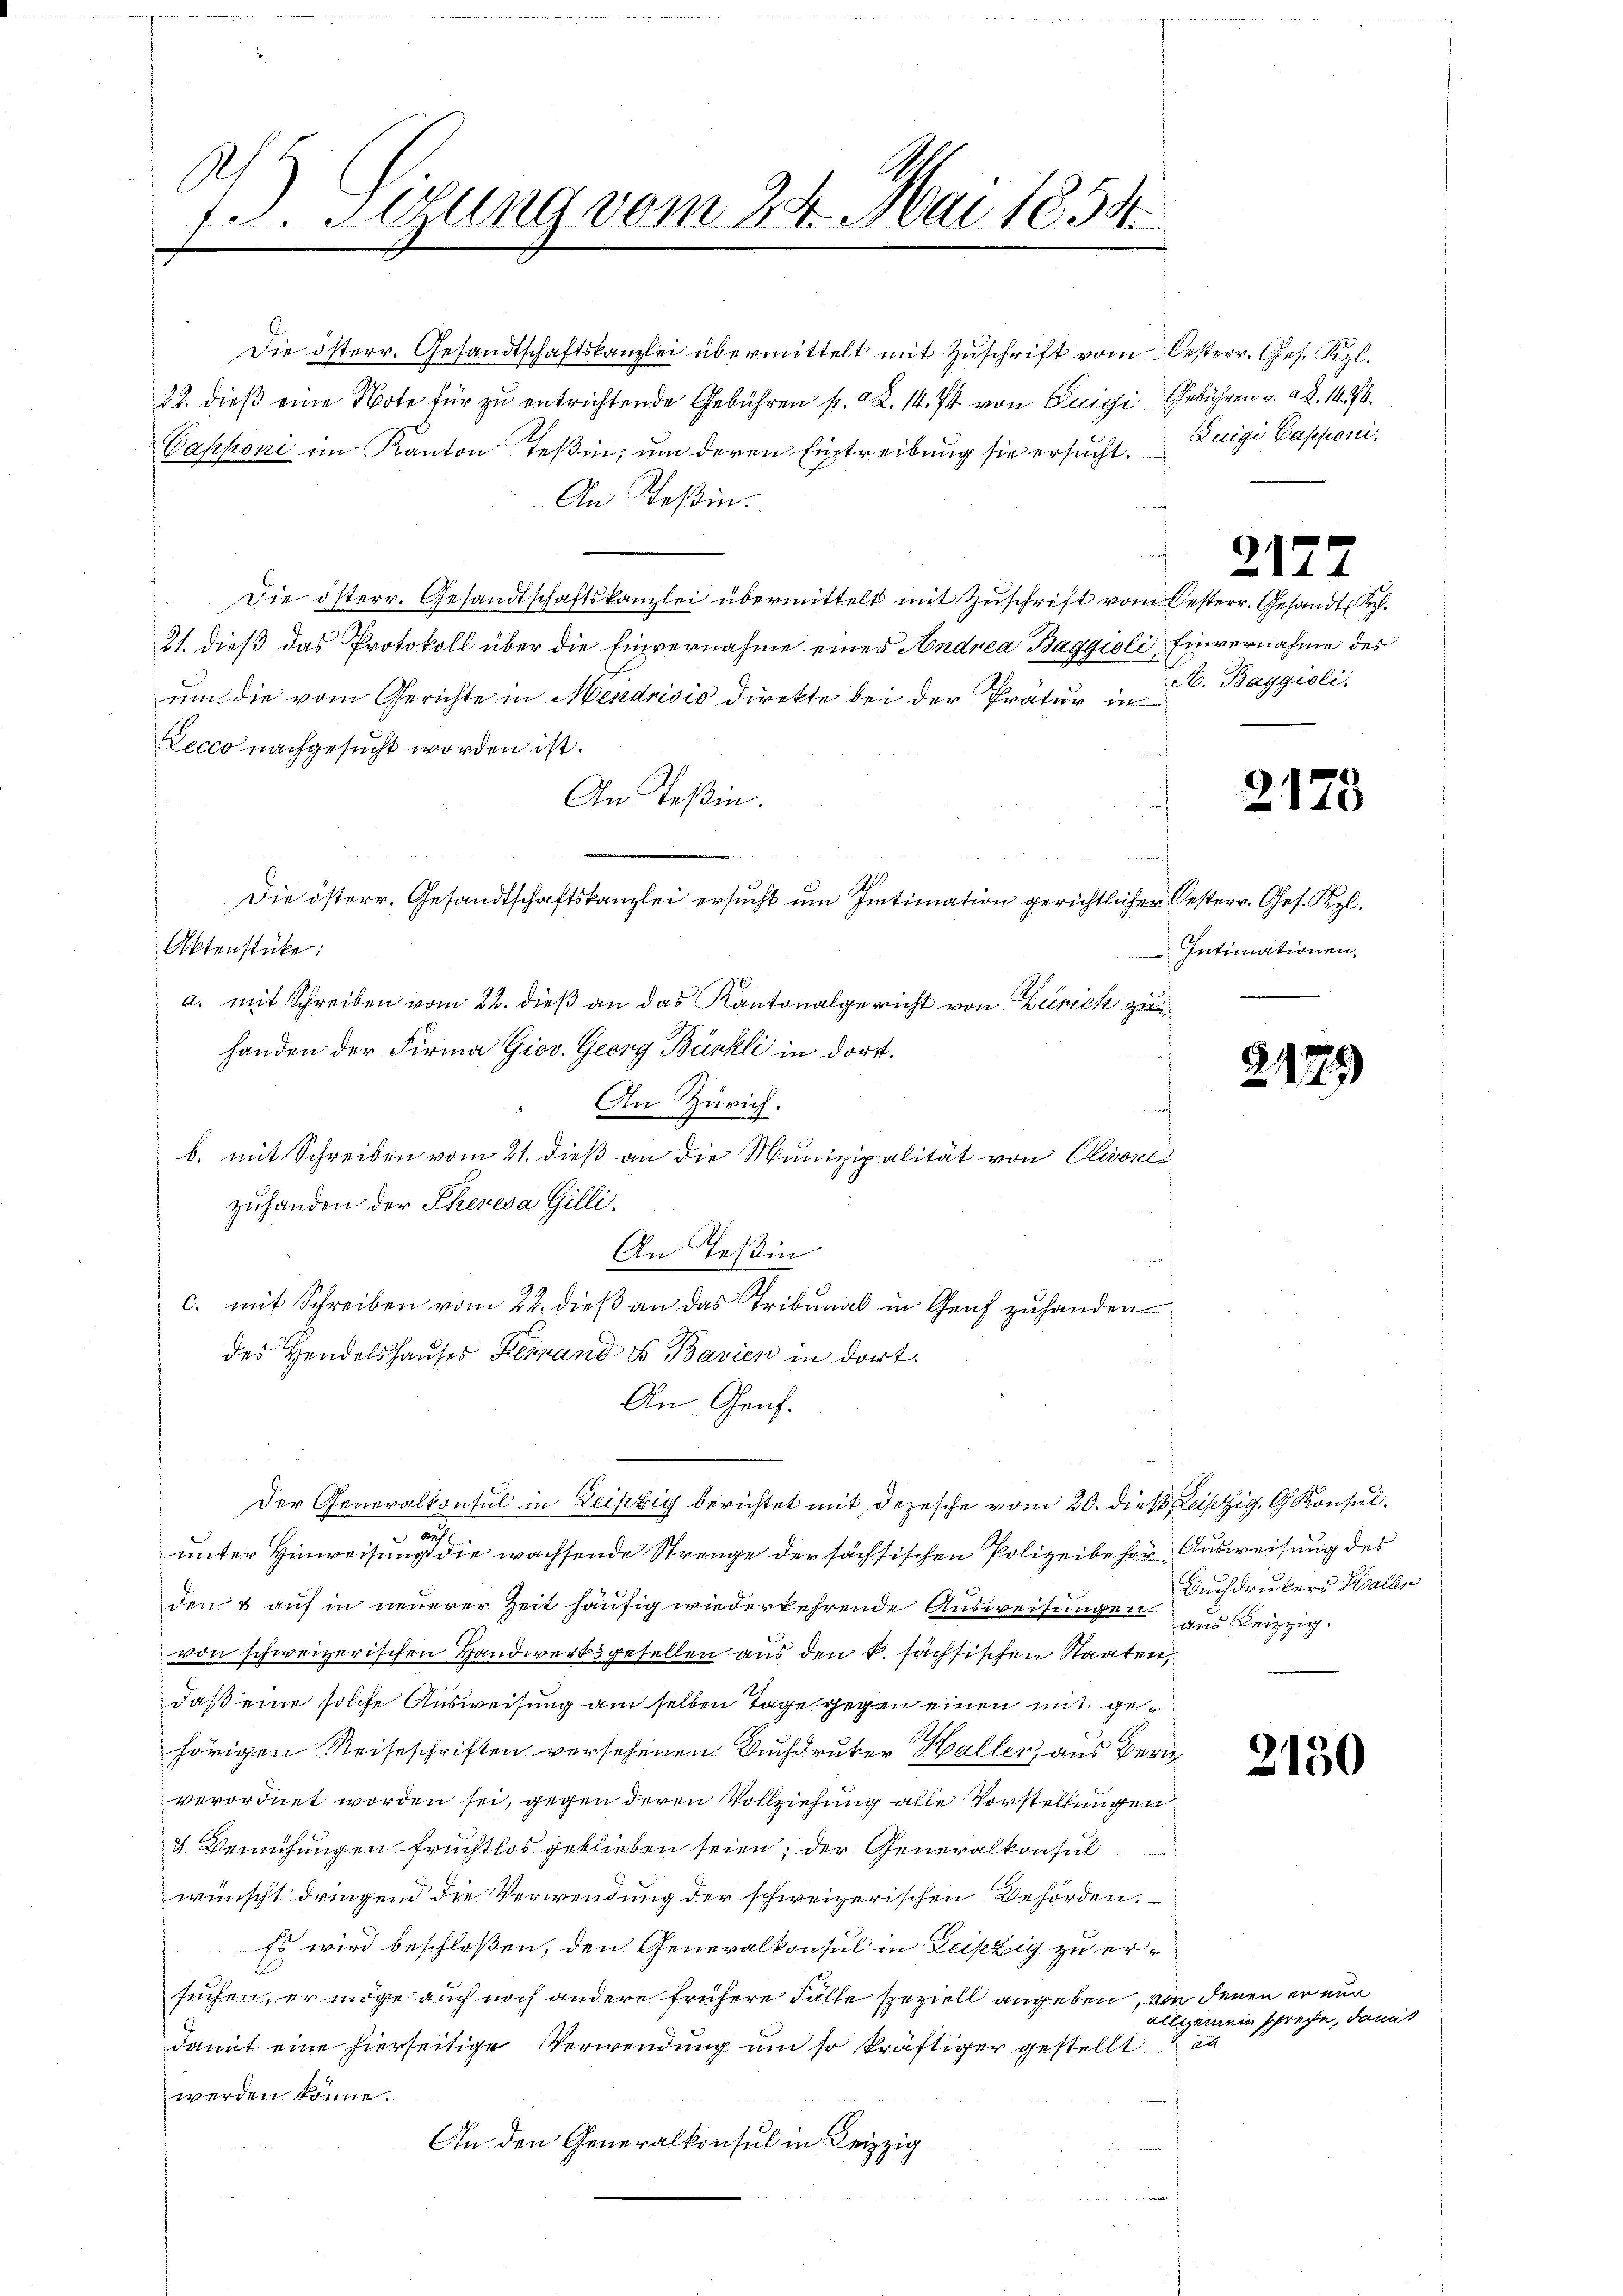
A
73. Sitzung vom 24. Mai 1858.

Die österr. Gesandtschaftskanzlei übermittelt mit Zŭschrift vom Oesterr. Ges. Kzl.
22. dieß eine Note für zu entrichtende Gebühren p. X. 14. 74 von Luigi Gebühren v. a. 14. 74.
Caphoni im Kanton Teßin, um deren Eintreibung sie ersucht. Duigi Cessioni,
An Teßin
Die österr. Gesandtschaftskanzlei übermittelt mit Zuschrift vom Oesterr. Gesandt
21. dieß das Protokoll über die Einvernahme eines Andrea Baggioli Einvernahme des
um die vom Gerichte in Mendrisis direkte bei der Prätur in Baggioli
Lecco nachgesucht worden ist.
An Teßin.
Aktenstücke:
a. mit Schreiben vom 22. dieß an das Kantonalgericht von Zürich zu
handen der Firma Giov. Georg Bürkli in dort.
An Zürich.
b. mit Schreiben vom 21. dieß an die Munizipalität von Clivone
zuhanden der Theresa Gilli.
An Teßin
c. mit Schreiben vom 22. dieß an das Tribunal in Genf zuhanden
des Handelshauses Herand so Bavien in dort.
An Genf.
Der Generalkonsul in Leipzig berichtet mit depesche vom 20. dieß Leipzig Konsul
u
unter Hinweisung die wachsende Strenge der sächsischen Polizeibehör, Ausweisung des
den & auf in neuerer Zeit häufig wiederkehrende Ausweisungen aus Leipzigvon schweizerischen Handwerksgesellen aus den k. sächsischen Staaten,
daß eine solche Ausweisung am selben Tage gegen einen mit gehörigen Reiseschriften versehenen Buchdruker Haller, aus Zürich
verordnet worden sei, gegen deren Vollziehung alle Vorstellungen
4 Bemühungen fruchtlos geblieben seien, der Generalkonsulwünscht dringend die Verwendung der schweizerischen Behörden.
Es wird beschloßen, den Generalkonsul in Leipzig zu ersuchen, er möge auch noch andere frühere Fälle speziell angeben, von
all
damit eine hierseitige Verwendung um so kräftiger gestellt
werden könne.
An den Generalkonsul in Leipzig

Die österr. Gesandtschaftskanzlei ersucht um Intimation gerichtlicher Oesterr. Ges. Kzl.

2177

2175

Intimationen,

229)

Buchdruckers Hallen

2130

denen erner
jemein spreche, damit
ad